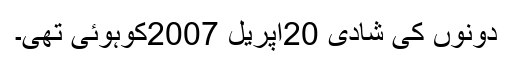
دونوں کی شادی 20اپریل 2007کوہوئی تھی۔